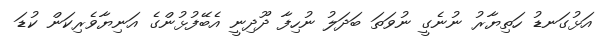
އަޅުގަނޑު ހަތިޔާރު ނުނެގީ ނުވަތަ ބަދަލު ނުހިފާ ދޫދިނީ އެބޭފުޅުންގެ އަނިޔާވެރިކަން ކުޑަ